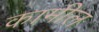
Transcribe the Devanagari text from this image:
कामील